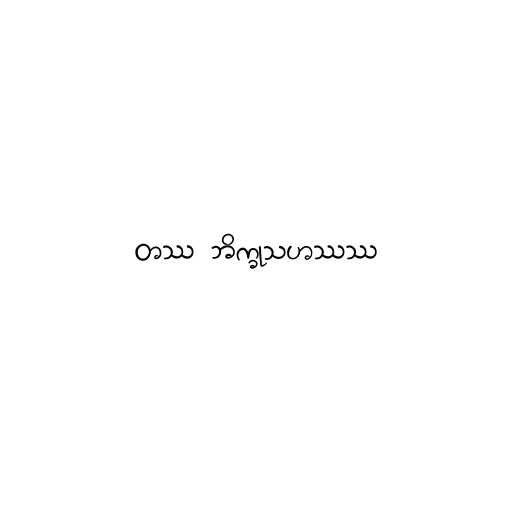
တဿ ဘိက္ခုသဟဿဿ